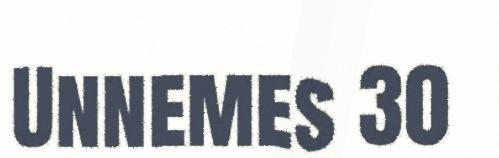
Unnemes 30